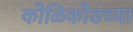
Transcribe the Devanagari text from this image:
कोळिकोडच्या